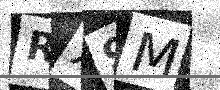
Text: RX9M